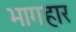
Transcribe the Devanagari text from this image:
भागहार